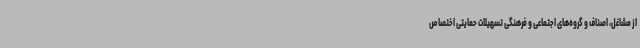
از مشاغل، اصناف و گروه‌های اجتماعی و فرهنگی تسهیلات حمایتی اختصاص